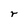
Character: r